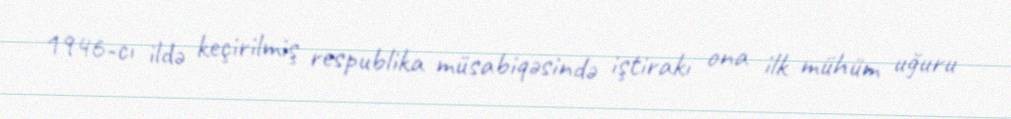
1946-cı ildə keçirilmiş respublika müsabiqəsində iştirakı ona ilk mühüm uğuru